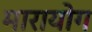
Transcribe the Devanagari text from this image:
मारायोग